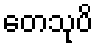
တေသုပိ